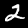
Label: 2